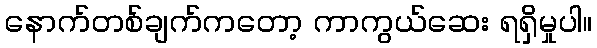
နောက်တစ်ချက်ကတော့ ကာကွယ်ဆေး ရရှိမှုပါ။